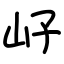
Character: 㞨